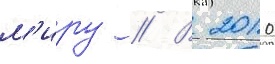
м'иру // В 2010